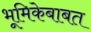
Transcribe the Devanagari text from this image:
भूमिकेबाबत